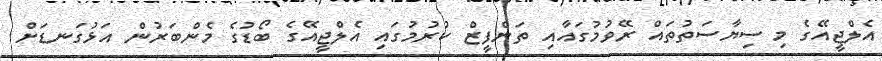
އެލްޖީއޭގެ މި ސިޔާސަތުތައް ރޭވުމުގައާއި ތަންފީޒް ކުރުމުގައި އެލްޖީއޭގެ ބޯޑުގެ މެންބަރުން އަޅުގަނޑަށް